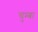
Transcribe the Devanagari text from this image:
चुम्बा